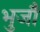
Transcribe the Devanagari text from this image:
भुजौ